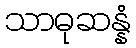
သာဓုဆန္နံ